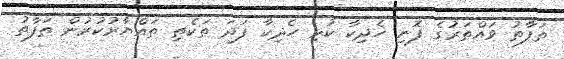
ތަފާތު ވައްތަރުގެ ފޮނި ހެދިކާ ކުޅި ހެދިކާ ފަދަ ތަކެތި ތައްޔާރުކުރުން ތަފާތު